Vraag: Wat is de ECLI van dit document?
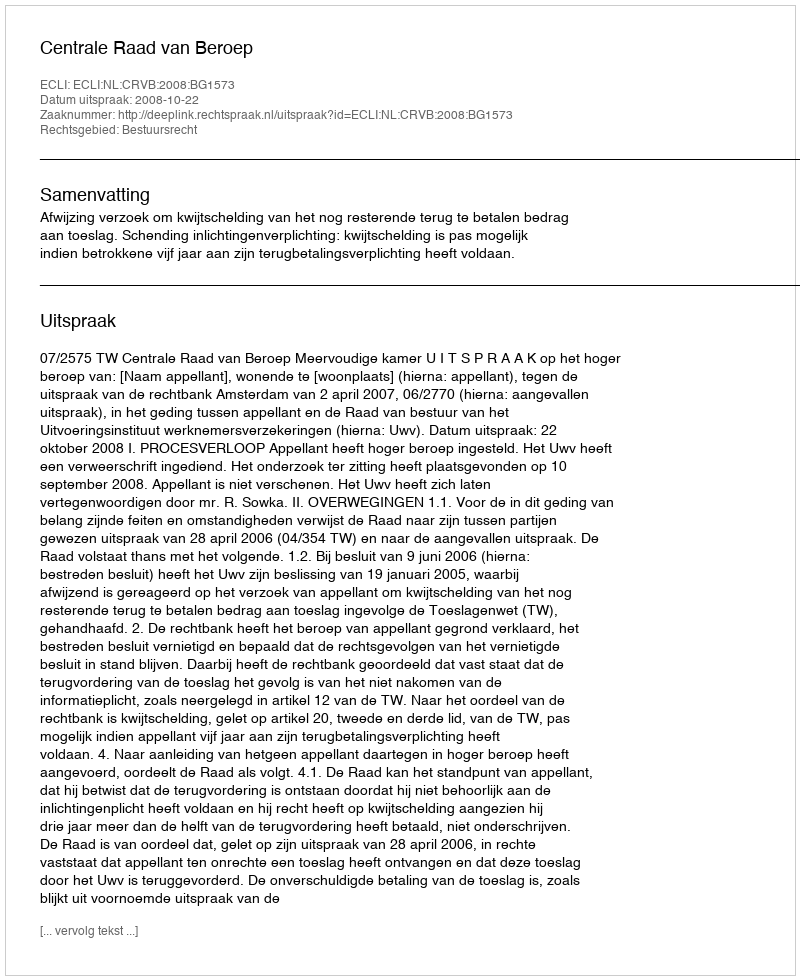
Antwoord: ECLI:NL:CRVB:2008:BG1573